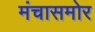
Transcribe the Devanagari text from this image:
मंचासमोर